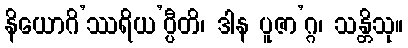
နိယောဂိ’ဿရိယ’ပ္ပီတိ၊ ဒါန ပူဇာ’ဂ္ဂ၊ သန္တိသု။